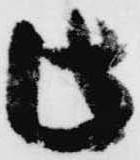
此